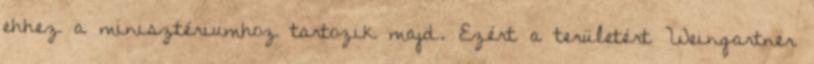
ehhez a minisztériumhoz tartozik majd. Ezért a területért Weingartner